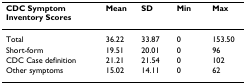
| CDC Symptom Inventory Scores | Mean | SD | Min | Max |
 | --- | --- | --- | --- | --- |
 | Total | 36.22 | 33.87 | 0 | 153.50 |
 | Short-form | 19.51 | 20.01 | 0 | 96 |
 | CDC Case definition | 21.21 | 21.54 | 0 | 102 |
 | Other symptoms | 15.02 | 14.11 | 0 | 62 |